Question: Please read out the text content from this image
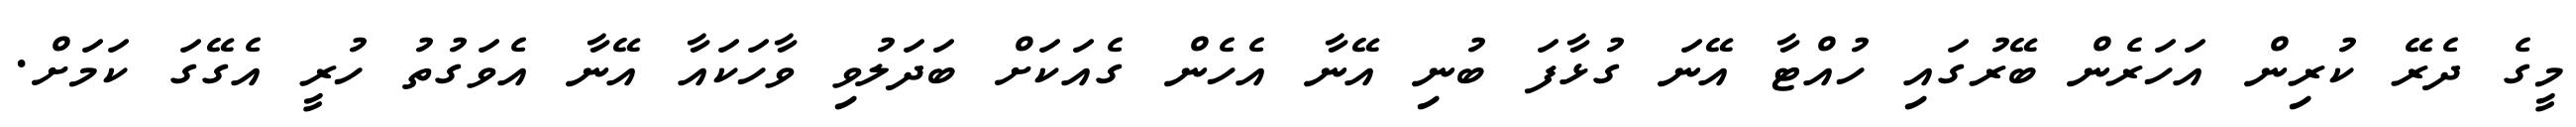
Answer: މީގެ ދެރޭ ކުރިން އަހަރެން ބޭރުގައި ހުއްޓާ އޭނަ ގުޅާފަ ބުނި އޭނާ އެހެން ގެއަކަށް ބަދަލުވި ވާހަކައާ އޭނާ އެވަގުތު ހުރީ އެގޭގަ ކަމަށް.